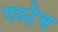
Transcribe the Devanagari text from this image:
गस्टेव